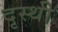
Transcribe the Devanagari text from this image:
दृस्थी